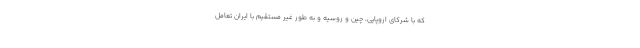
که با شرکای اروپایی، چین و روسیه و به طور غیر مستقیم با ایران تعامل